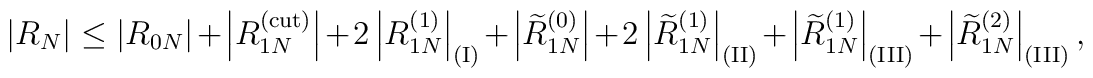
\left|R_N\right|   \le   \left|R_{0N}\right|+\left|R_{1N}^{\rm (cut)}\right|   +2\left|R_{1N}^{(1)}\right|_{\rm (I)}+\left|\widetilde R_{1N}^{(0)}\right|   +2\left|\widetilde R_{1N}^{(1)}\right|_{\rm (II)}   +\left|\widetilde R_{1N}^{(1)}\right|_{\rm (III)}   +\left|\widetilde R_{1N}^{(2)}\right|_{\rm (III)},